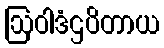
ဩဝါဒံဌပိတာယ